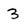
Character: 3